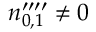
n _ { 0 , 1 } ^ { \prime \prime \prime \prime } \neq 0